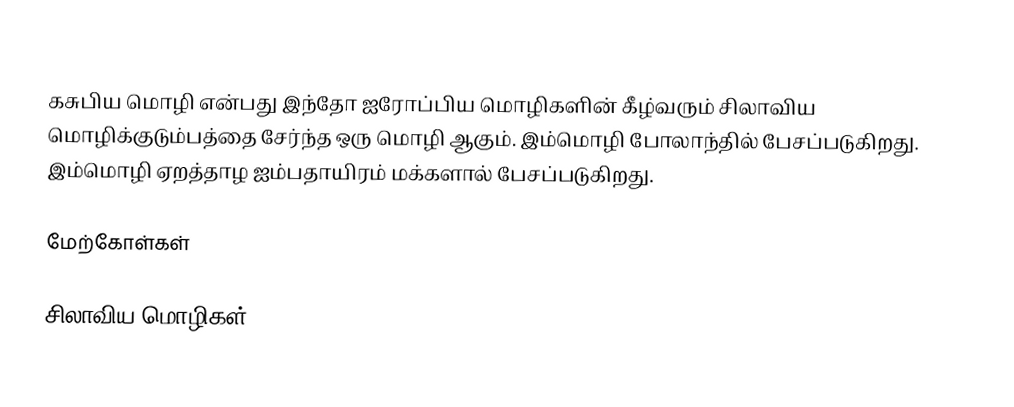
கசுபிய மொழி என்பது இந்தோ ஐரோப்பிய மொழிகளின் கீழ்வரும் சிலாவிய மொழிக்குடும்பத்தை சேர்ந்த ஒரு மொழி ஆகும். இம்மொழி போலாந்தில் பேசப்படுகிறது. இம்மொழி ஏறத்தாழ ஐம்பதாயிரம் மக்களால் பேசப்படுகிறது.

மேற்கோள்கள்

சிலாவிய மொழிகள்